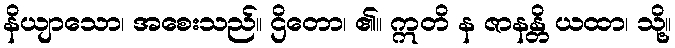
နိယျာသော၊ အစေးသည်။ ဌိတော၊ ၏။ ဣတိ န ဇာနန္တိ ယထာ၊ သို့။